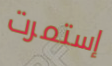
إستمرت